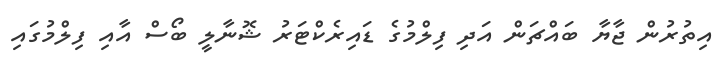
އިތުރުން ޖާޔާ ބައްޗަން އަދި ފިލްމުގެ ޑައިރެކްޓަރު ޝޮނާލީ ބޯސް އާއި ފިލްމުގައި